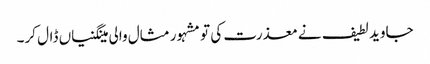
جاوید لطیف نے معذرت کی تو مشہور مثال والی مینگنیاں ڈال کر۔